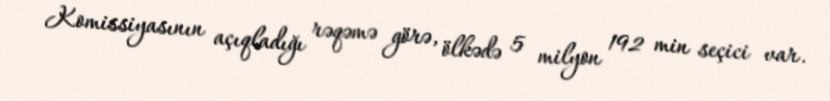
Komissiyasının açıqladığı rəqəmə görə, ölkədə 5 milyon 192 min seçici var.